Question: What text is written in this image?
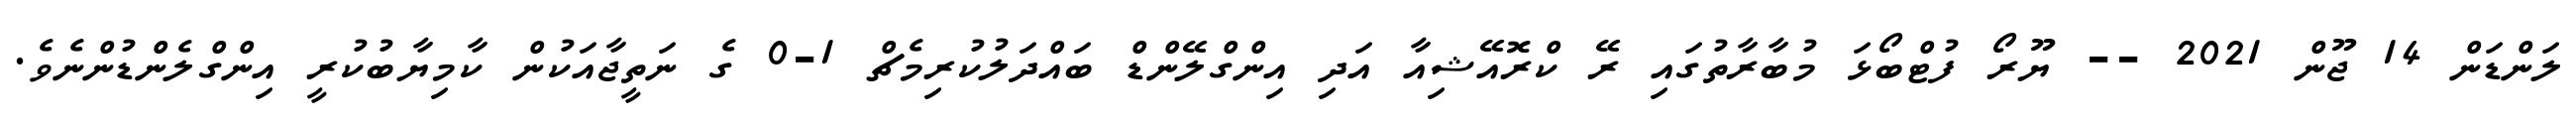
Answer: ލަންޑަން 14 ޖޫން 2021 -- ޔޫރޯ ފުޓްބޯޅަ މުބާރާތުގައި ރޭ ކްރޮއޭޝިއާ އަދި އިންގްލޭންޑް ބައްދަލުކުރިމެޗް 1-0 ގެ ނަތީޖާއަކުން ކާމިޔާބުކުރީ އިންގްލެންޑުންނެވެ.